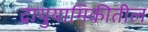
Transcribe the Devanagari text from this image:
द्रायुयामिकीतील